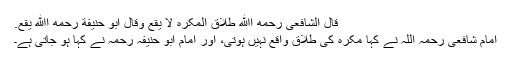
قَالَ الشَّافِعِیُ رَحِمَهُ اﷲ طَلَاق المُکْرَہ لَا یَقَعُ وَقَالَ أبُو حَنِیفَة رَحِمَهُ اﷲ یَقَعُ.
امام شافعی رحمہ اللہ نے کہا مکرہ کی طلاق واقع نہیں ہوتی، اور امام ابو حنیفہ رحمہ نے کہا ہو جاتی ہے۔